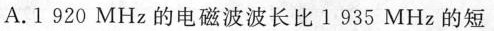
A.1920MHz的电磁波波长比1935MHz的短